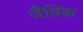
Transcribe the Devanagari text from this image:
जैविंक